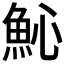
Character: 𩵽